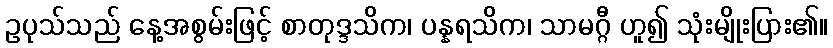
ဥပုသ်သည် နေ့အစွမ်းဖြင့် စာတုဒ္ဒသိက၊ ပန္နရသိက၊ သာမဂ္ဂီ ဟူ၍ သုံးမျိုးပြား၏။